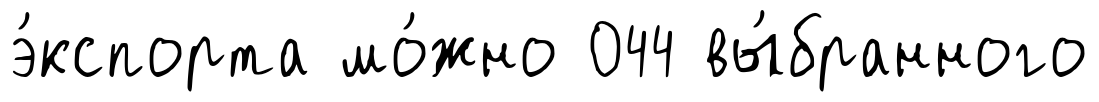
э́кспорта мо́жно 044 вы́бранного